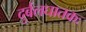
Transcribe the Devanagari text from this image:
दुर्बलघातकः